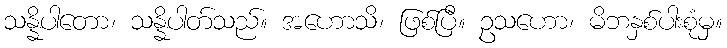
သန္နိပါတော၊ သန္နိပါတ်သည်။ အဟောသိ၊ ဖြစ်ပြီ။ ဥသဟော၊ မိဘနှစ်ပါးစုံမှ။